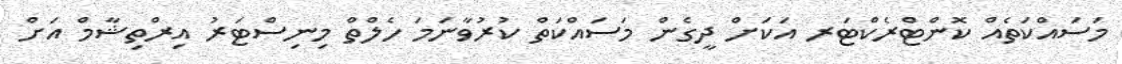
މަސައްކަތެއް ކޮންޓްރެކްޓަރ އަކަށް ދީގެން މަސައްކަތް ކުރުވާނަމަ ހެލްތް މިނިސްޓަރު އިރްތިޝާމް އަށް